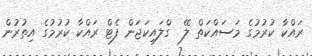
ރައްކާ ކުރުމުގެ މަސައްކަތް ލޭ  ގްލައިކަޖަން ފެޓް ރައްކާ ކުރުމުގެ އިތުރުން